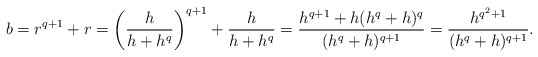
\begin{align*}b = r^{q+1} + r = \left(\frac{h}{h+h^q}\right)^{q+1} + \frac{h}{h+h^q} = \frac{h^{q+1}+h(h^q+h)^q}{(h^q+h)^{q+1}} = \frac{h^{q^2+1}}{(h^q+h)^{q+1}}.\end{align*}